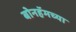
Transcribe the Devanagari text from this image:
बोनहॅमच्या